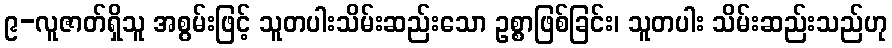
၉-လူဇာတ်ရှိသူ အစွမ်းဖြင့် သူတပါးသိမ်းဆည်းသော ဥစ္စာဖြစ်ခြင်း၊ သူတပါး သိမ်းဆည်းသည်ဟု